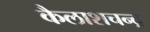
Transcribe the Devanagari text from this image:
कैलाशचन्द्र